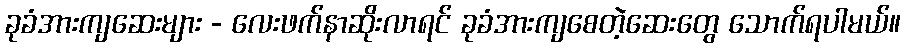
ခုခံအားကျဆေးများ - လေးဖက်နာဆိုးလာရင် ခုခံအားကျစေတဲ့ဆေးတွေ သောက်ရပါမယ်။